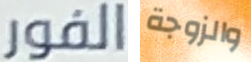
الفور والزوجة